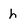
Character: h